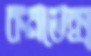
কনভেক্স